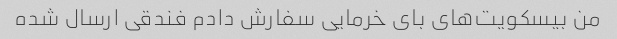
من بیسکویت‌های بای خرمایی سفارش دادم فندقی ارسال شده